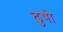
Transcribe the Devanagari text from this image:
ढुषी